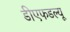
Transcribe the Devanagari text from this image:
डीएफडल्‍यू